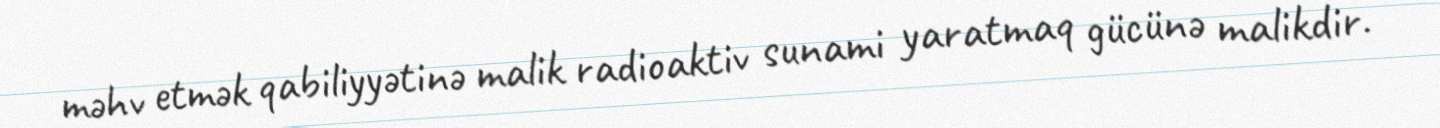
məhv etmək qabiliyyətinə malik radioaktiv sunami yaratmaq gücünə malikdir.